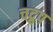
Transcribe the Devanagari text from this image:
चद्रुप